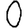
Digit: 0